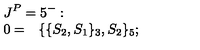
\begin{array} { l l } { \lefteqn { \! \! J ^ { P } = 5 ^ { - } : } \vspace { 1 m m } } \\ { \! \! 0 = } & { \{ \{ S _ { 2 } , S _ { 1 } \} _ { 3 } , S _ { 2 } \} _ { 5 } ; \qquad \qquad \qquad \qquad \qquad \qquad \qquad \qquad \qquad \qquad \qquad \qquad \qquad \qquad \qquad \qquad \qquad \qquad } \\ \end{array}